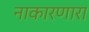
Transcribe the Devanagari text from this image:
नाकारणारा